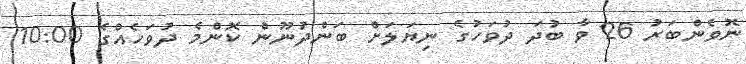
ނޮވެންބަރު 26 ވާ ބުދަ ދުވަހުގެ ނިޔަލަށް ބަންދުނޫން ކޮންމެ ދުވަހެެއްގެ 10:00